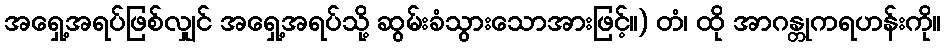
အရှေ့အရပ်ဖြစ်လျှင် အရှေ့အရပ်သို့ ဆွမ်းခံသွားသောအားဖြင့်။) တံ၊ ထို အာဂန္တုကရဟန်းကို။